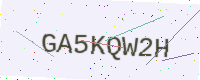
Text: GA5KQW2H